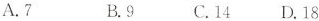
A.7 B.9 C.14 D.18